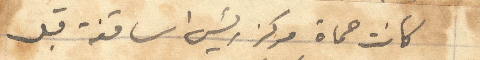
كانت حماة مركز رئيس اساقفة قبل